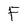
Character: F